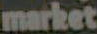
market